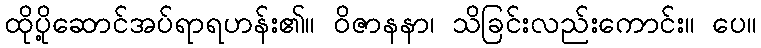
ထိုပို့ဆောင်အပ်ရာရဟန်း၏။ ဝိဇာနနာ၊ သိခြင်းလည်းကောင်း။ ပေ။